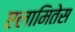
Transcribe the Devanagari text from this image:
एलामितेस